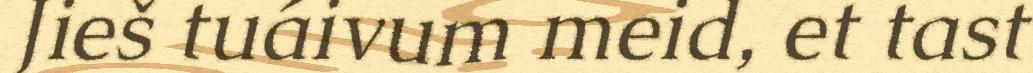
Jieš tuáivum meid, et tast